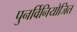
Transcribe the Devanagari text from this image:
पुनर्विनियोजित